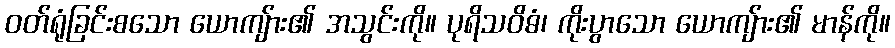
ဝတ်ရုံခြင်းစသော ယောကျ်ား၏ အသွင်းကို။ ပုရိသဝိဓံ၊ ကိုးပွာသော ယောကျ်ား၏ မာန်ကို။